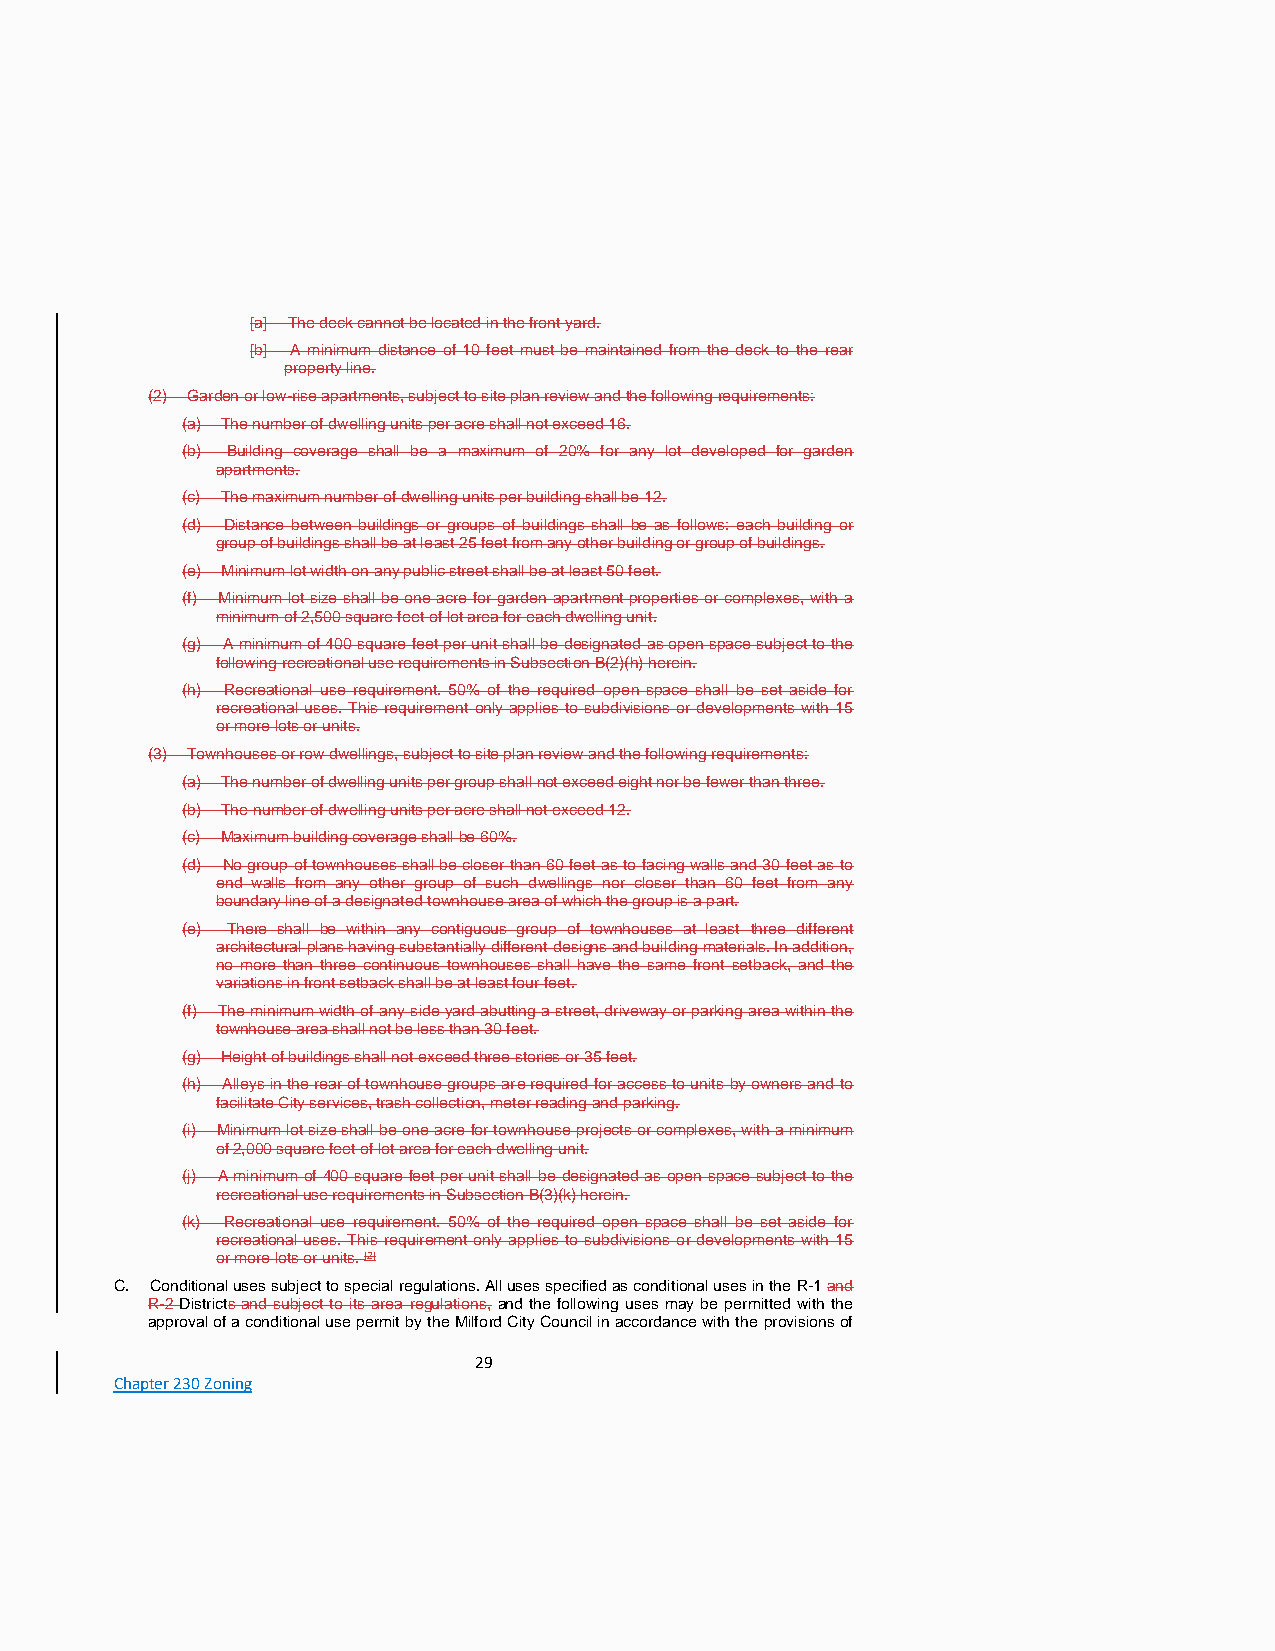
[a] The deck cannot be located in the front yard.
 [b] A minimum distance of 10 feet must be maintained from the deck to the rear
 property line.
 (2) Garden or low-rise apartments, subject to site plan review and the following requirements:
 (a) The number of dwelling units per acre shall not exceed 16.
 (b) Building coverage shall be a maximum of 20% for any lot developed for garden
 apartments.
 (c) The maximum number of dwelling units per building shall be 12.
 (d) Distance between buildings or groups of buildings shall be as follows: each building or
 group of buildings shall be at least 25 feet from any other building or group of buildings.
 (e) Minimum lot width on any public street shall be at least 50 feet.
 (f) Minimum lot size shall be one acre for garden apartment properties or complexes, with a
 minimum of 2,500 square feet of lot area for each dwelling unit.
 (g) A minimum of 400 square feet per unit shall be designated as open space subject to the
 following recreational use requirements in Subsection B(2)(h) herein.
 (h) Recreational use requirement. 50% of the required open space shall be set aside for
 recreational uses. This requirement only applies to subdivisions or developments with 15
 or more lots or units.
 (3) Townhouses or row dwellings, subject to site plan review and the following requirements:
 (a) The number of dwelling units per group shall not exceed eight nor be fewer than three.
 (b) The number of dwelling units per acre shall not exceed 12.
 (c) Maximum building coverage shall be 60%.
 (d) No group of townhouses shall be closer than 60 feet as to facing walls and 30 feet as to
 end walls from any other group of such dwellings nor closer than 60 feet from any
 boundary line of a designated townhouse area of which the group is a part.
 (e) There shall be within any contiguous group of townhouses at least three different
 architectural plans having substantially different designs and building materials. In addition,
 no more than three continuous townhouses shall have the same front setback, and the
 variations in front setback shall be at least four feet.
 (f) The minimum width of any side yard abutting a street, driveway or parking area within the
 townhouse area shall not be less than 30 feet.
 (g) Height of buildings shall not exceed three stories or 35 feet.
 (h) Alleys in the rear of townhouse groups are required for access to units by owners and to
 facilitate City services, trash collection, meter reading and parking.
 (i) Minimum lot size shall be one acre for townhouse projects or complexes, with a minimum
 of 2,000 square feet of lot area for each dwelling unit.
 (j) A minimum of 400 square feet per unit shall be designated as open space subject to the
 recreational use requirements in Subsection B(3)(k) herein.
 (k) Recreational use requirement. 50% of the required open space shall be set aside for
 recreational uses. This requirement only applies to subdivisions or developments with 15
 or more lots or units. [2]
 C. Conditional uses subject to special regulations. All uses specified as conditional uses in the R-1 and
 R-2 Districts and subject to its area regulations, and the following uses may be permitted with the
 approval of a conditional use permit by the Milford City Council in accordance with the provisions of
 29
 Chapter 230 Zoning